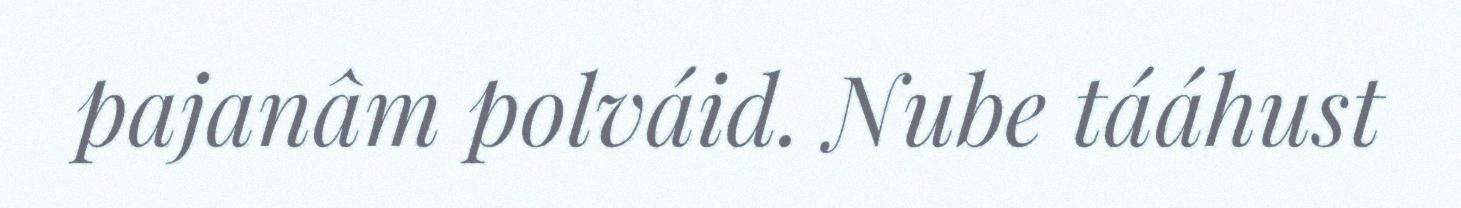
pajanâm polváid. Nube tááhust